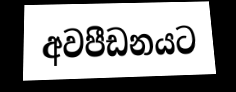
අවපීඩනයට